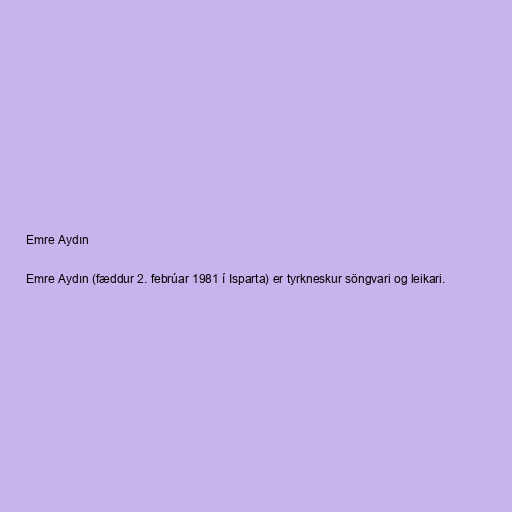
Emre Aydın

Emre Aydın (fæddur 2. febrúar 1981 í Isparta) er tyrkneskur söngvari og leikari.